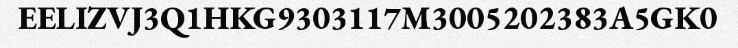
EELIZVJ3Q1HKG9303117M3005202383A5GK0